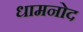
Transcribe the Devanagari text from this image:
धामनोद